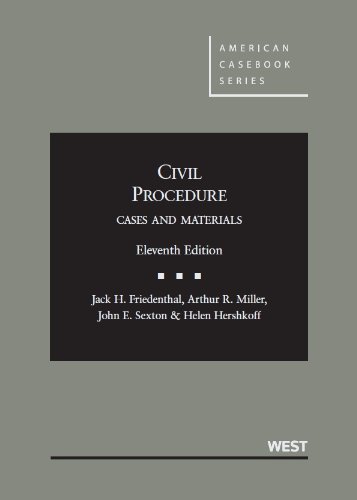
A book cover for Civil Procedure: Cases and Materials, 11th Edition (American Casebook Series); Jack Friedenthal; Law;